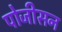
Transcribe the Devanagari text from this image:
पोजीसन